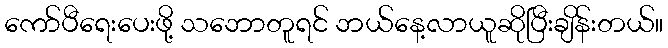
ကော်ပီရေးပေးဖို့ သဘောတူရင် ဘယ်နေ့လာယူဆိုပြီးချိန်းတယ်။